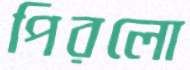
পিরলো